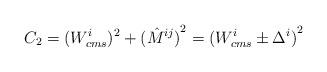
LaTeX: \begin{align*}C_2 = ({W_{cms}^i})^2+{(\hat{M}^{ij})}^2 ={(W^i_{cms}\pm\Delta^i)}^2 \end{align*}